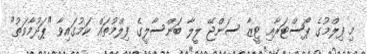
މި ފިލްމުގެ ޕޯސްޓަރާއި ޓީޒާ ސަންޖޭ ލީލާ ބަންސާލީގެ ފިލްމުތައް ކަމުގައިވާ "ޕަދުމާވަތު"